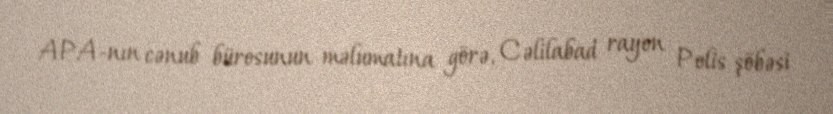
APA-nın cənub bürosunun məlumatına görə, Cəlilabad rayon Polis şöbəsi